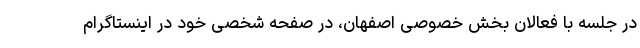
در جلسه با فعالان بخش خصوصی اصفهان، در صفحه شخصی خود در اینستاگرام